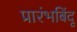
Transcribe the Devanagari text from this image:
प्रारंभबिंदू